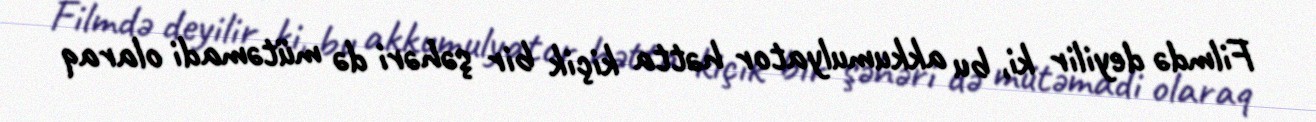
Filmdə deyilir ki, bu akkumulyator hətta kiçik bir şəhəri də mütəmadi olaraq